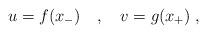
LaTeX: \begin{align*}u = f(x_-) \quad , \quad v = g(x_+) \; ,\end{align*}